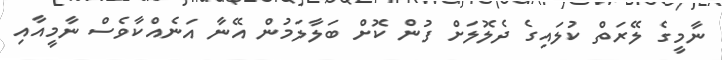
ނާމީގެ ލޭރަތް ކުލައިގެ ދެލޮލަށް ފުން ކޮށް ބަލާލަމުން އޭނާ އަނެއްކާވެސް ނާމީއާއި